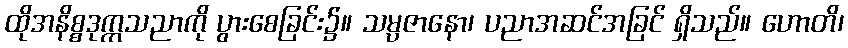
ထိုအနိစ္စဒုက္ကသညာကို ပွားစေခြင်း၌။ သမ္ပဇာနော၊ ပညာအဆင်အခြင် ရှိသည်။ ဟောတိ၊